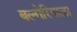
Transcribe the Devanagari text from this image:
बल्गेरियाला